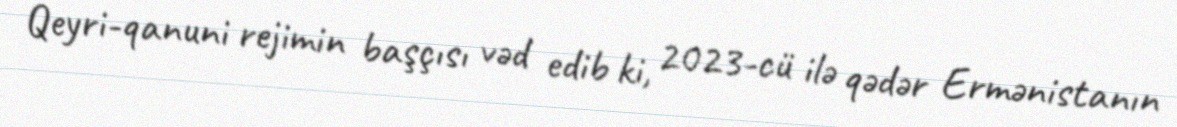
Qeyri-qanuni rejimin başçısı vəd edib ki, 2023-cü ilə qədər Ermənistanın